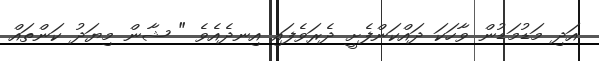
އަދި މަޑުމަޑުން ވާހަކަ ދައްކަންފެށީ ދެރަވެފައި އިނދެއެވެ " ޝާން މިޔަދު ކަންތައް